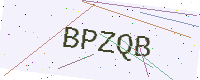
Text: BPZQB